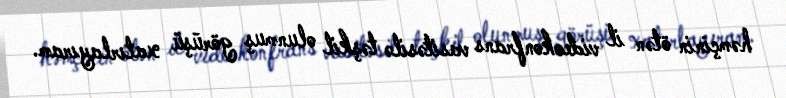
həmçinin ötən il videokonfrans vasitəsilə təşkil olunmuş görüşü xatırlayıram.